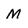
Character: M